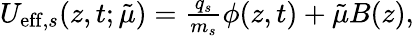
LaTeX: \begin{array}{r}{U_{\mathrm{eff},s}(z,t;\tilde{\mu})=\frac{q_{s}}{m_{s}}\phi(z,t)+\tilde{\mu}B(z),}\end{array}